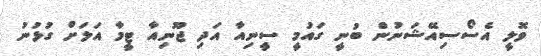
ވޮލީ އެސޯސިއޭޝަނުން ބުނީ ގައުމީ ސީނިއާ އަދި ޖޫނިއާ ޓީމާ އަލަށް ގުޅުނު